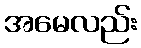
အမေလည်း